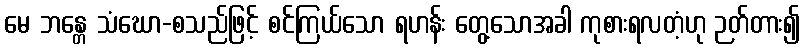
မေ ဘန္တေ သံဃော-စသည်ဖြင့် စင်ကြယ်သော ရဟန်း တွေ့သောအခါ ကုစားရလတံ့ဟု ဉတ်တား၍